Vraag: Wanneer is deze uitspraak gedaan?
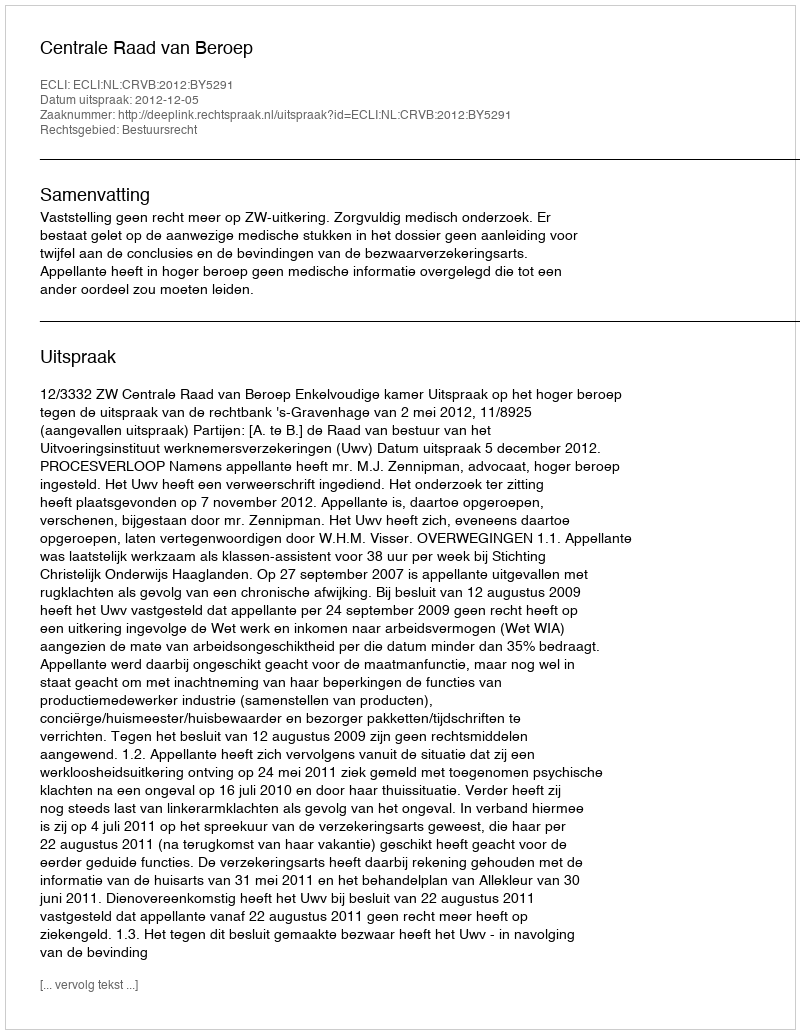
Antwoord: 2012-12-05